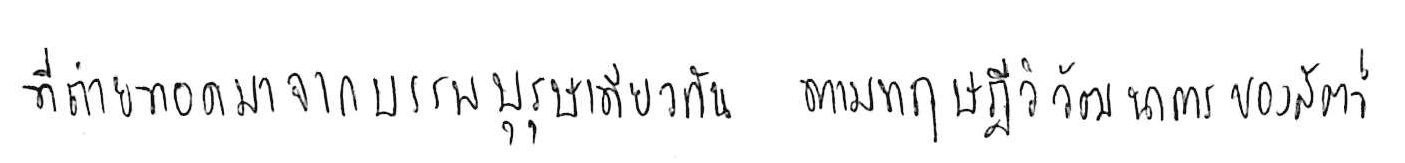
ที่ถ่ายทอดมาจากบรรพบุรุษเดียวกัน ตามทฤษฎีวิวัฒนาการของสัตว์